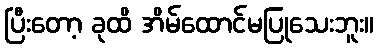
ပြီးတော့ ခုထိ အိမ်ထောင်မပြုသေးဘူး။